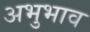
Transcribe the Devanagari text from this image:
अभुभाव